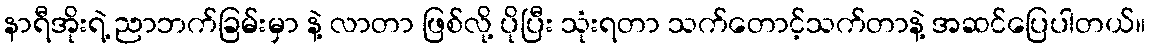
နာရီအိုးရဲ့ ညာဘက်ခြမ်းမှာ နဲ့ လာတာ ဖြစ်လို့ ပိုပြီး သုံးရတာ သက်တောင့်သက်တာနဲ့ အဆင်ပြေပါတယ်။